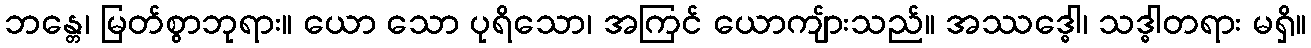
ဘန္တေ၊ မြတ်စွာဘုရား။ ယော သော ပုရိသော၊ အကြင် ယောကျ်ားသည်။ အဿဒ္ဓေါ၊ သဒ္ဓါတရား မရှိ။